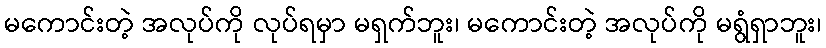
မကောင်းတဲ့ အလုပ်ကို လုပ်ရမှာ မရှက်ဘူး၊ မကောင်းတဲ့ အလုပ်ကို မရွံရှာဘူး၊